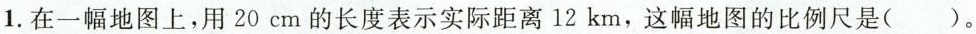
1.在一幅地图上，用20 cm的长度表示实际距离12 km，这幅地图的比例尺是()。